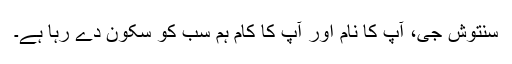
سنتوش جی، آپ کا نام اور آپ کا کام ہم سب کو سکون دے رہا ہے۔